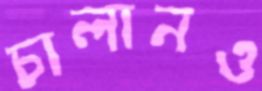
চালানও